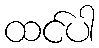
ထင်ပါ